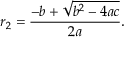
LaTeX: r _ { 2 } = { \frac { - b + { \sqrt { b ^ { 2 } - 4 a c } } } { 2 a } } .